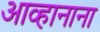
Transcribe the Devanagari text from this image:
आव्हानाना